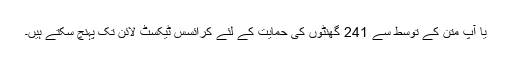
یا آپ متن کے توسط سے 241 گھنٹوں کی حمایت کے لئے کرائسس ٹیکسٹ لائن تک پہنچ سکتے ہیں۔